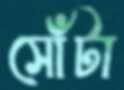
সোঁটা